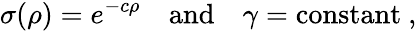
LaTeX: \sigma(\rho)=e^{-c\rho}\quad\mathrm{and}\quad\gamma=\mathrm{constant}~,